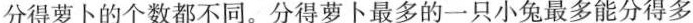
分得萝卜的个数都不同。分得萝卜最多的一只小兔最多能分得多